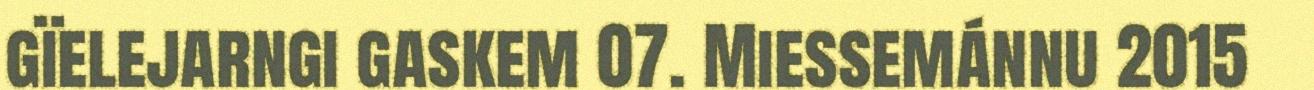
gïelejarngi gaskem 07. Miessemánnu 2015